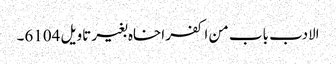
الادب باب من اکفر اخاہ بغیر تاویل 6104۔